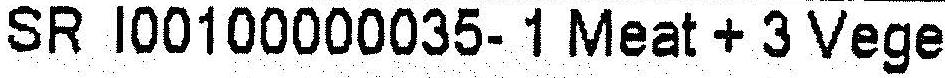
SR I00100000035- 1 MEAT + 3 VEGE